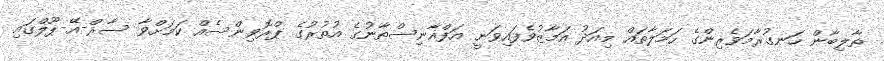
ތާލިބާން ހަނގުރާމަވެރިންގެ ހަމަލާތައް މިއަދު އަމާޒުވެފައިވަނީ އަފްޣާނިސްތާނުގެ އުތުރުގެ ޕްރޮވިންސެއް ކަމަށްވާ ސާރް-އޭ-ޕޫލްގައި